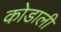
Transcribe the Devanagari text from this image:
कोडाली